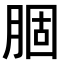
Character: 𫆣